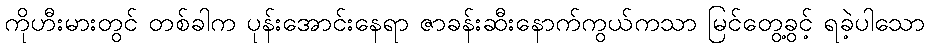
ကိုဟီးမားတွင် တစ်ခါက ပုန်းအောင်းနေရာ ဇာခန်းဆီးနောက်ကွယ်ကသာ မြင်တွေ့ခွင့် ရခဲ့ပါသော